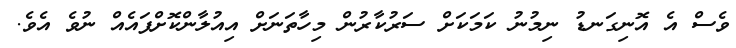
ވެސް އެ އޮނިގަނޑު ނިމުނު ކަމަކަށް ސަރުކާރުން މިހާތަނަށް އިއުލާންކޮށްފައެއް ނުވެ އެވެ.